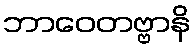
ဘာဝေတဗ္ဗာနိ